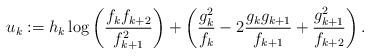
LaTeX: \begin{align*} u_k := h_k \log\left( \frac{f_k f_{k+2}}{f_{k+1}^2} \right) + \left( \frac{g_k^2}{f_k} - 2 \frac{g_k g_{k+1}}{f_{k+1}} + \frac{g_{k+1}^2}{f_{k+2}} \right).\end{align*}